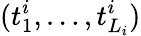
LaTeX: (t_{1}^{i},\dots,t_{L_{i}}^{i})